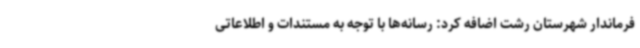
فرماندار شهرستان رشت اضافه کرد: رسانه‌ها با توجه به مستندات و اطلاعاتی